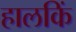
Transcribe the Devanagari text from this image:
हालकिं